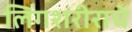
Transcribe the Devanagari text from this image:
लिंगशरीराचें